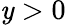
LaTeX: \mathit{y}>0